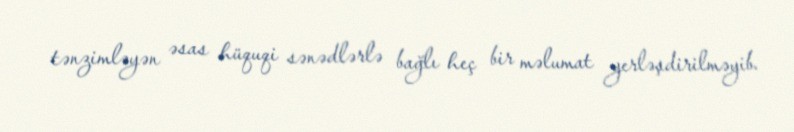
tənzimləyən əsas hüquqi sənədlərlə bağlı heç bir məlumat yerləşdirilməyib.